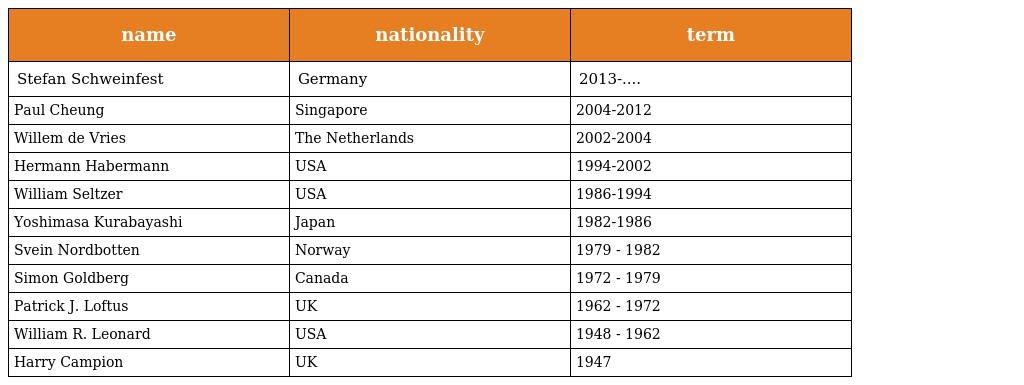
| name | nationality | term |
 | --- | --- | --- |
 | Stefan Schweinfest | Germany | 2013-.... |
 | Paul Cheung | Singapore | 2004-2012 |
 | Willem de Vries | The Netherlands | 2002-2004 |
 | Hermann Habermann | USA | 1994-2002 |
 | William Seltzer | USA | 1986-1994 |
 | Yoshimasa Kurabayashi | Japan | 1982-1986 |
 | Svein Nordbotten | Norway | 1979 - 1982 |
 | Simon Goldberg | Canada | 1972 - 1979 |
 | Patrick J. Loftus | UK | 1962 - 1972 |
 | William R. Leonard | USA | 1948 - 1962 |
 | Harry Campion | UK | 1947 |